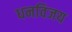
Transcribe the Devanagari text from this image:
धनविजय